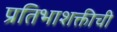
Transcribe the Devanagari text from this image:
प्रतिभाशक्तीची